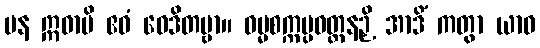
ပန ဣဓာပိ ဧဝံ ဝေဒိတဗ္ဗာ။ ဓမ္မစက္ကပ္ပဝတ္တနဉှိ အာဒိံ ကတွာ ယာဝ